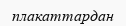
плакаттардан